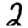
Digit: 2